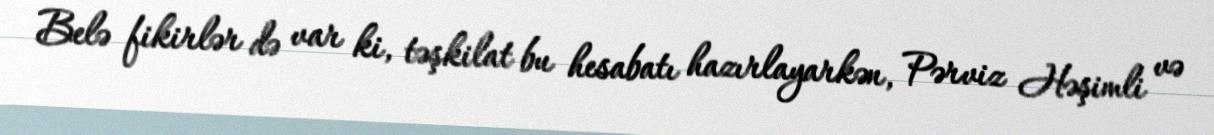
Belə fikirlər də var ki, təşkilat bu hesabatı hazırlayarkən, Pərviz Həşimli və